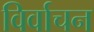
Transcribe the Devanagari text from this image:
विर्वाचन